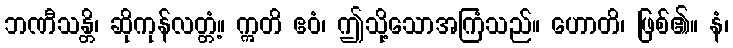
ဘဏီသန္တိ၊ ဆိုကုန်လတ္တံ့။ ဣတိ ဧဝံ၊ ဤသို့သောအကြံသည်။ ဟောတိ၊ ဖြစ်၏။ နံ၊